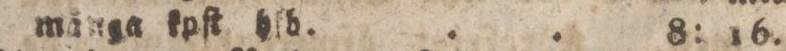
många kpſt hld. .. 8: 16.